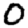
Digit: 0